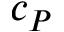
c _ { P }